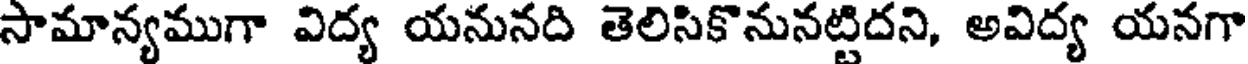
సామాన్యముగా విద్య యనునది తెలిసికొనునట్టిదని, అవిద్య యనగా